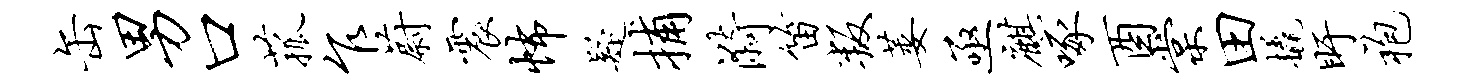
缶男口菰乍蔚震怖疑捕漪笛叛萎亟麒啄酉棠田橇盱袍